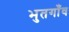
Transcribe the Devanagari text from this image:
भुतगाँव